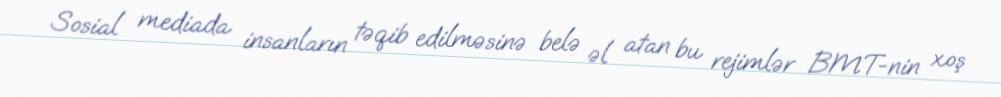
Sosial mediada insanların təqib edilməsinə belə əl atan bu rejimlər BMT-nin xoş